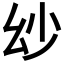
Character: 𢆷